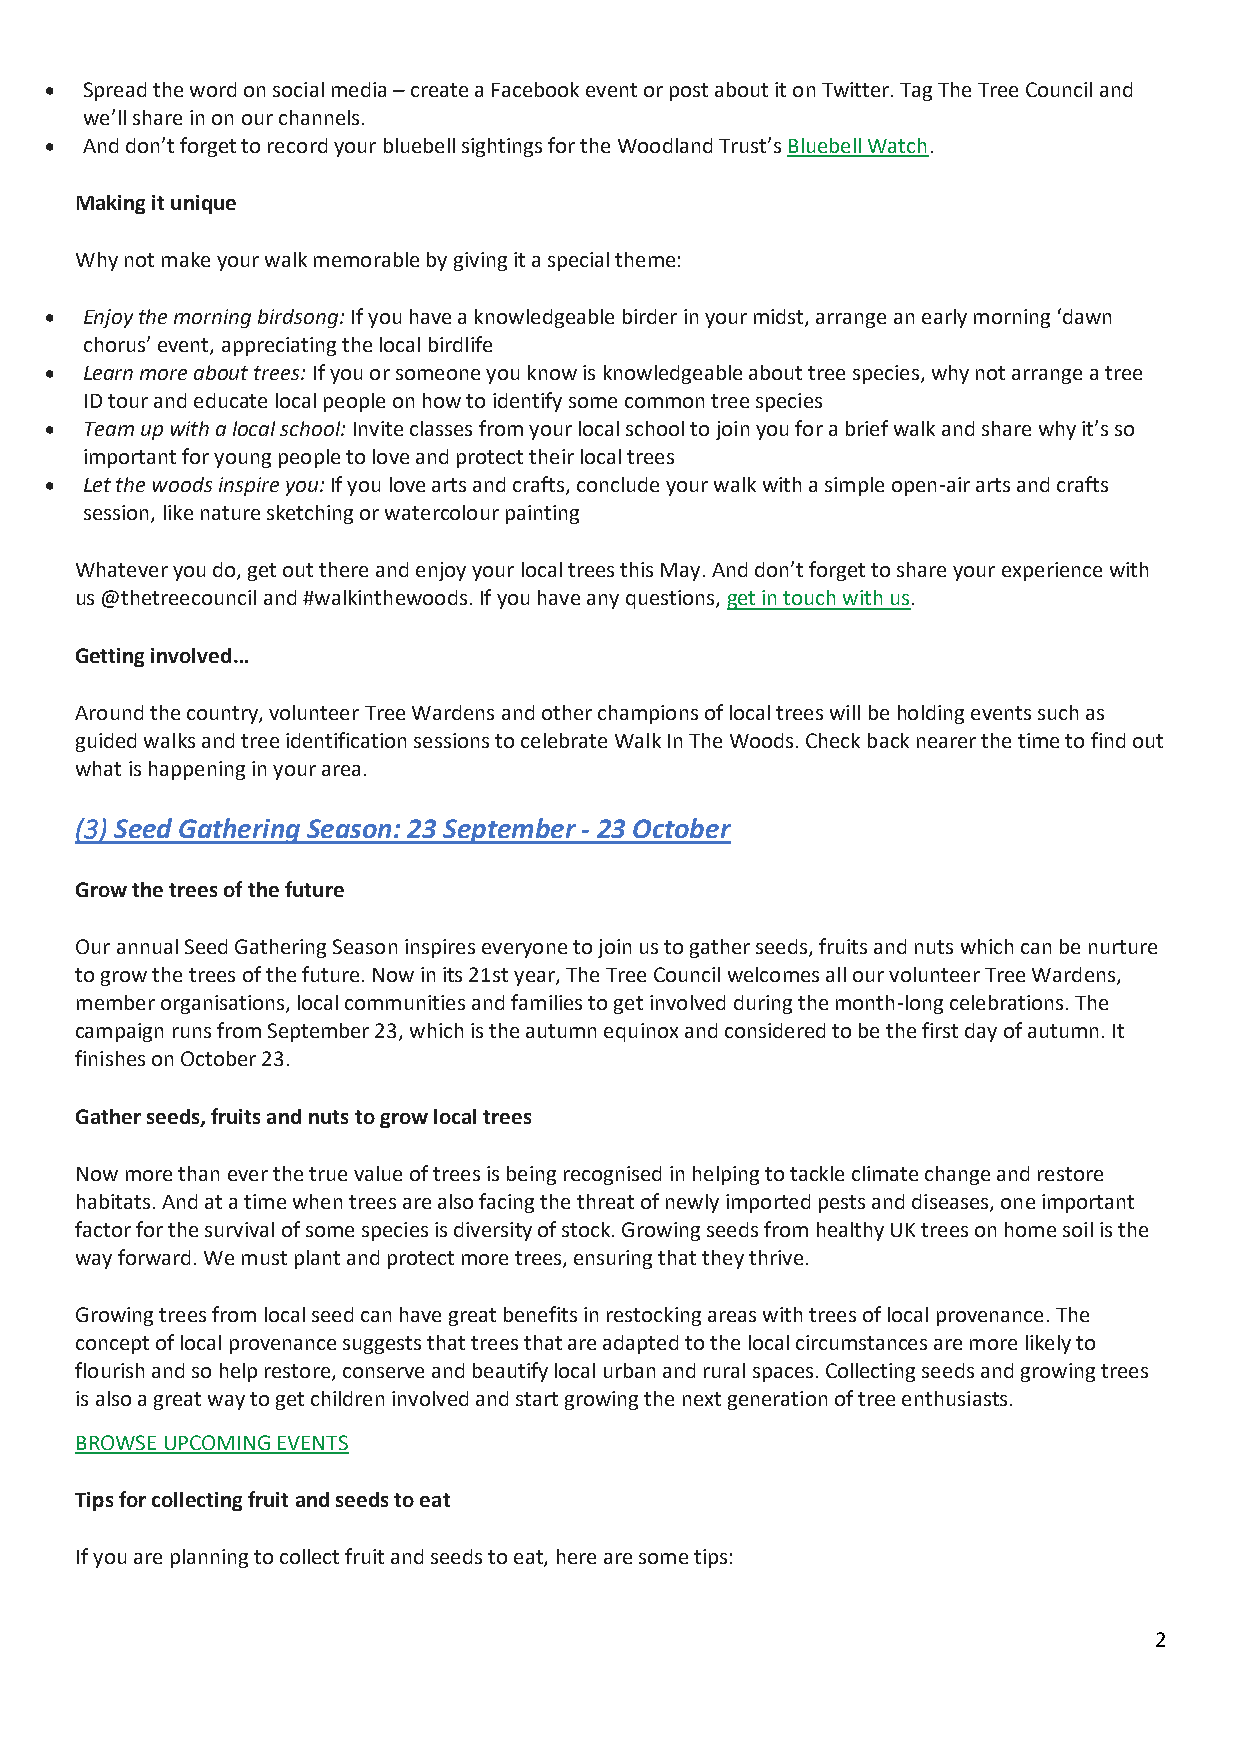
• Spread the word on social media – create a Facebook event or post about it on Twitter. Tag The Tree Council and
 we’ll share in on our channels.
 • And don’t forget to record your bluebell sightings for the Woodland Trust’s Bluebell Watch.
 Making it unique
 Why not make your walk memorable by giving it a special theme:
 • Enjoy the morning birdsong: If you have a knowledgeable birder in your midst, arrange an early morning ‘dawn
 chorus’ event, appreciating the local birdlife
 • Learn more about trees: If you or someone you know is knowledgeable about tree species, why not arrange a tree
 ID tour and educate local people on how to identify some common tree species
 • Team up with a local school: Invite classes from your local school to join you for a brief walk and share why it’s so
 important for young people to love and protect their local trees
 • Let the woods inspire you: If you love arts and crafts, conclude your walk with a simple open-air arts and crafts
 session, like nature sketching or watercolour painting
 Whatever you do, get out there and enjoy your local trees this May. And don’t forget to share your experience with
 us @thetreecouncil and #walkinthewoods. If you have any questions, get in touch with us.
 Getting involved…
 Around the country, volunteer Tree Wardens and other champions of local trees will be holding events such as
 guided walks and tree identification sessions to celebrate Walk In The Woods. Check back nearer the time to find out
 what is happening in your area.
 (3) Seed Gathering Season: 23 September - 23 October
 Grow the trees of the future
 Our annual Seed Gathering Season inspires everyone to join us to gather seeds, fruits and nuts which can be nurture
 to grow the trees of the future. Now in its 21st year, The Tree Council welcomes all our volunteer Tree Wardens,
 member organisations, local communities and families to get involved during the month-long celebrations. The
 campaign runs from September 23, which is the autumn equinox and considered to be the first day of autumn. It
 finishes on October 23.
 Gather seeds, fruits and nuts to grow local trees
 Now more than ever the true value of trees is being recognised in helping to tackle climate change and restore
 habitats. And at a time when trees are also facing the threat of newly imported pests and diseases, one important
 factor for the survival of some species is diversity of stock. Growing seeds from healthy UK trees on home soil is the
 way forward. We must plant and protect more trees, ensuring that they thrive.
 Growing trees from local seed can have great benefits in restocking areas with trees of local provenance. The
 concept of local provenance suggests that trees that are adapted to the local circumstances are more likely to
 flourish and so help restore, conserve and beautify local urban and rural spaces. Collecting seeds and growing trees
 is also a great way to get children involved and start growing the next generation of tree enthusiasts.
 BROWSE UPCOMING EVENTS
 Tips for collecting fruit and seeds to eat
 If you are planning to collect fruit and seeds to eat, here are some tips:
 2